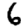
Digit: 6